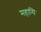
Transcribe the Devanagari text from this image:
महान्पि